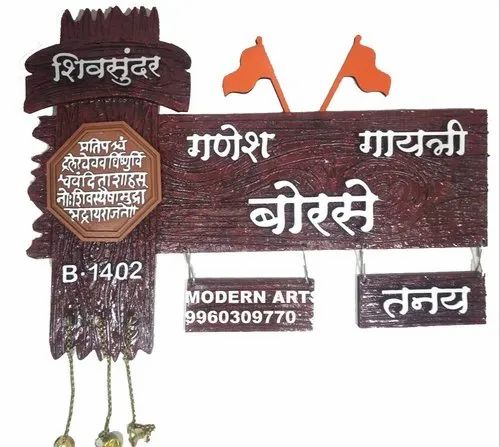
Language: marathi
Transcription: गायत्री मुद्रा राजते।। भद्राय तनय शिवंस्यैषा बोरसे गणेश शिवसुंदर